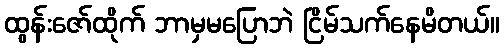
ထွန်းဇော်ထိုက် ဘာမှမပြောဘဲ ငြိမ်သက်နေမိတယ်။